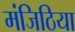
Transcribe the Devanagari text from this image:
मंजिठिया